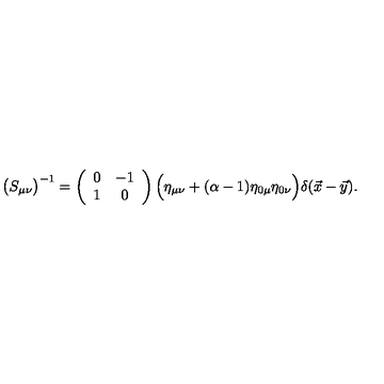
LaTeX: \bigl ( S _ { \mu \nu } \bigr ) ^ { - 1 } = \left( \begin{array} { c c } { 0 } & { - 1 } \\ { 1 } & { 0 } \\ \end{array} \right) \Bigl ( \eta _ { \mu \nu } + ( \alpha - 1 ) \eta _ { 0 \mu } \eta _ { 0 \nu } \Bigr ) \delta ( \vec { x } - \vec { y } ) .